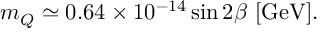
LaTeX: m _ { Q } \simeq 0 . 6 4 \times 1 0 ^ { - 1 4 } \sin 2 \beta \ \mathrm { [ G e V ] } .